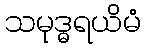
သမုဒ္ဓရယိမံ